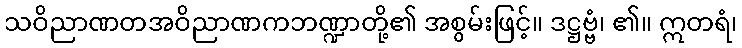
သဝိညာဏတအဝိညာဏကဘဏ္ဍာတို့၏ အစွမ်းဖြင့်။ ဒဋ္ဌဗ္ဗံ၊ ၏။ ဣတရံ၊